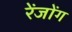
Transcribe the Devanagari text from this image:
रेंजोंग